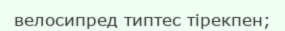
велосипред типтес тірекпен;